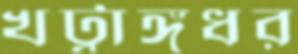
খট্বাঙ্গধর